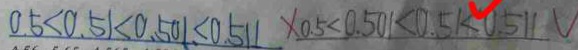
0 . 5 < 0 . 5 1 < 0 . 5 0 1 < 0 . 5 1 1 \times 0 . 5 < 0 . 5 0 1 < 0 . 5 1 < 0 . 5 1 1